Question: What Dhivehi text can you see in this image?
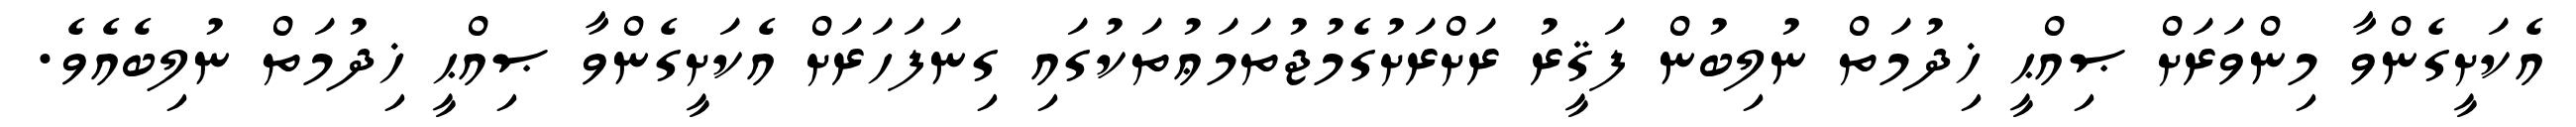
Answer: އެކަށީގެންވާ މިންވަރަށް ޞިއްޙީ ޚިދުމަތް ނުލިބުން ފަޤީރު ރަށްރަށުގެމުޖުތަމަޢުތަކުގައި ގިނަފަހަރަށް އެކަށީގެންވާ ޞިއްޙީ ޚިދުމަތް ނުލިބެއެވެ.